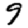
Digit: 9